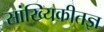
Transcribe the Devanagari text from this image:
सांख्यिकीतज्ञ